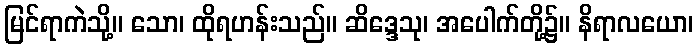
မြင်ရာကဲသို့။ သော၊ ထိုရဟန်းသည်။ ဆိဒ္ဒေသု၊ အပေါက်တို့၌။ နိရာလယော၊